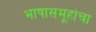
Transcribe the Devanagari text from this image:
भाषासमूहांचा